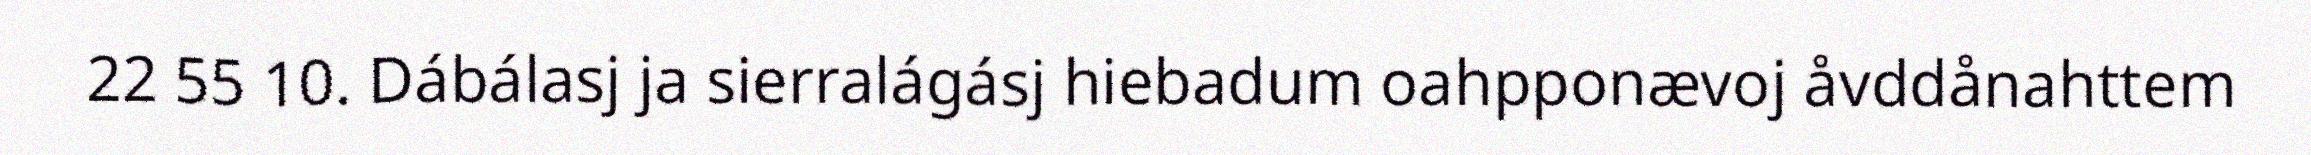
22 55 10. Dábálasj ja sierralágásj hiebadum oahpponævoj åvddånahttem